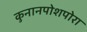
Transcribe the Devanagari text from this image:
कुनानपोशपोरा